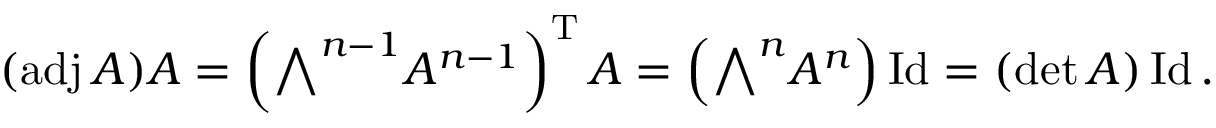
( \operatorname { a d j } A ) A = \left( { \textstyle \bigwedge } ^ { n - 1 } A ^ { n - 1 } \right) ^ { \mathrm { T } } A = \left( { \textstyle \bigwedge } ^ { n } A ^ { n } \right) \operatorname { I d } = ( \operatorname* { d e t } A ) \operatorname { I d } .